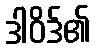
ဒါဝိဒ်၏